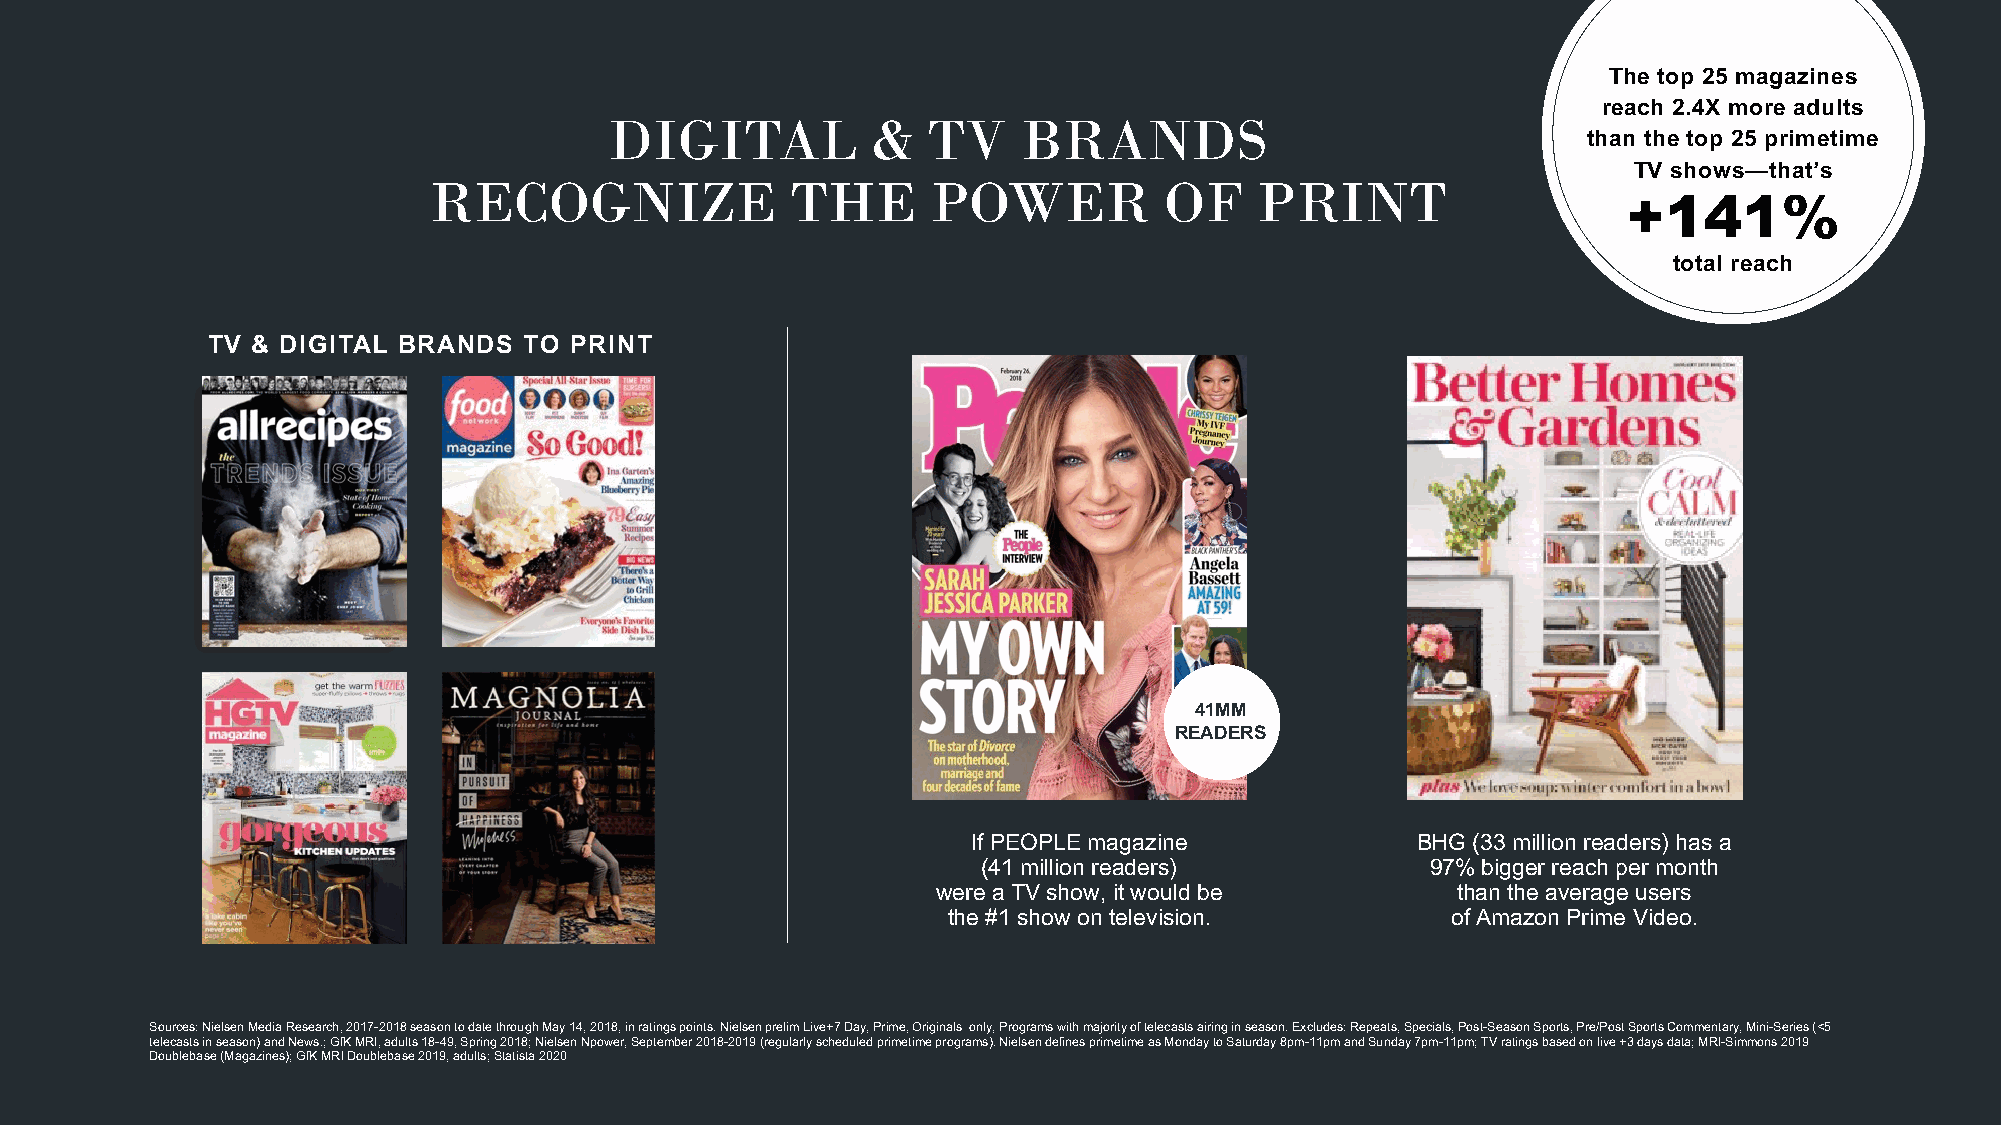
The top 25 magazines
 reach 2.4X more adults
 DIGITAL           &  TV     BRANDS
 than the top 25 primetime
 TV shows—that’s
 RECOGNIZE               THE       POWER          OF    PRINT
 +141%
 total reach
 TV & DIGITAL BRANDS  TO PRINT
 41MM
 READERS
 If PEOPLE magazine            BHG (33 million readers) has a
 (41 million readers)          97% bigger reach per month
 were a TV show, it would be       than the average users
 the #1 show on television.       of Amazon Prime Video.
 Sources: NielsenMedia Research,2017-2018 season to date throughMay 14, 2018, in ratings points. Nielsen prelim Live+7 Day, Prime, Originals only, Programs with majority of telecasts airing in season. Excludes: Repeats, Specials, Post-Season Sports, Pre/Post Sports Commentary, Mini-Series (<5
 telecasts in season) and News.; GfK MRI, adults 18-49, Spring 2018; Nielsen Npower, September 2018-2019 (regularly scheduled primetime programs). Nielsen defines primetime as Monday to Saturday 8pm-11pm and Sunday 7pm-11pm; TV ratings based on live +3 days data; MRI-Simmons 2019
 Doublebase(Magazines); GfK MRI Doublebase2019, adults;Statista 2020